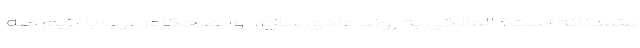
متمدنانه است؟ المالکی به روند عادی سازی روابط حکام عرب با رژیم صه